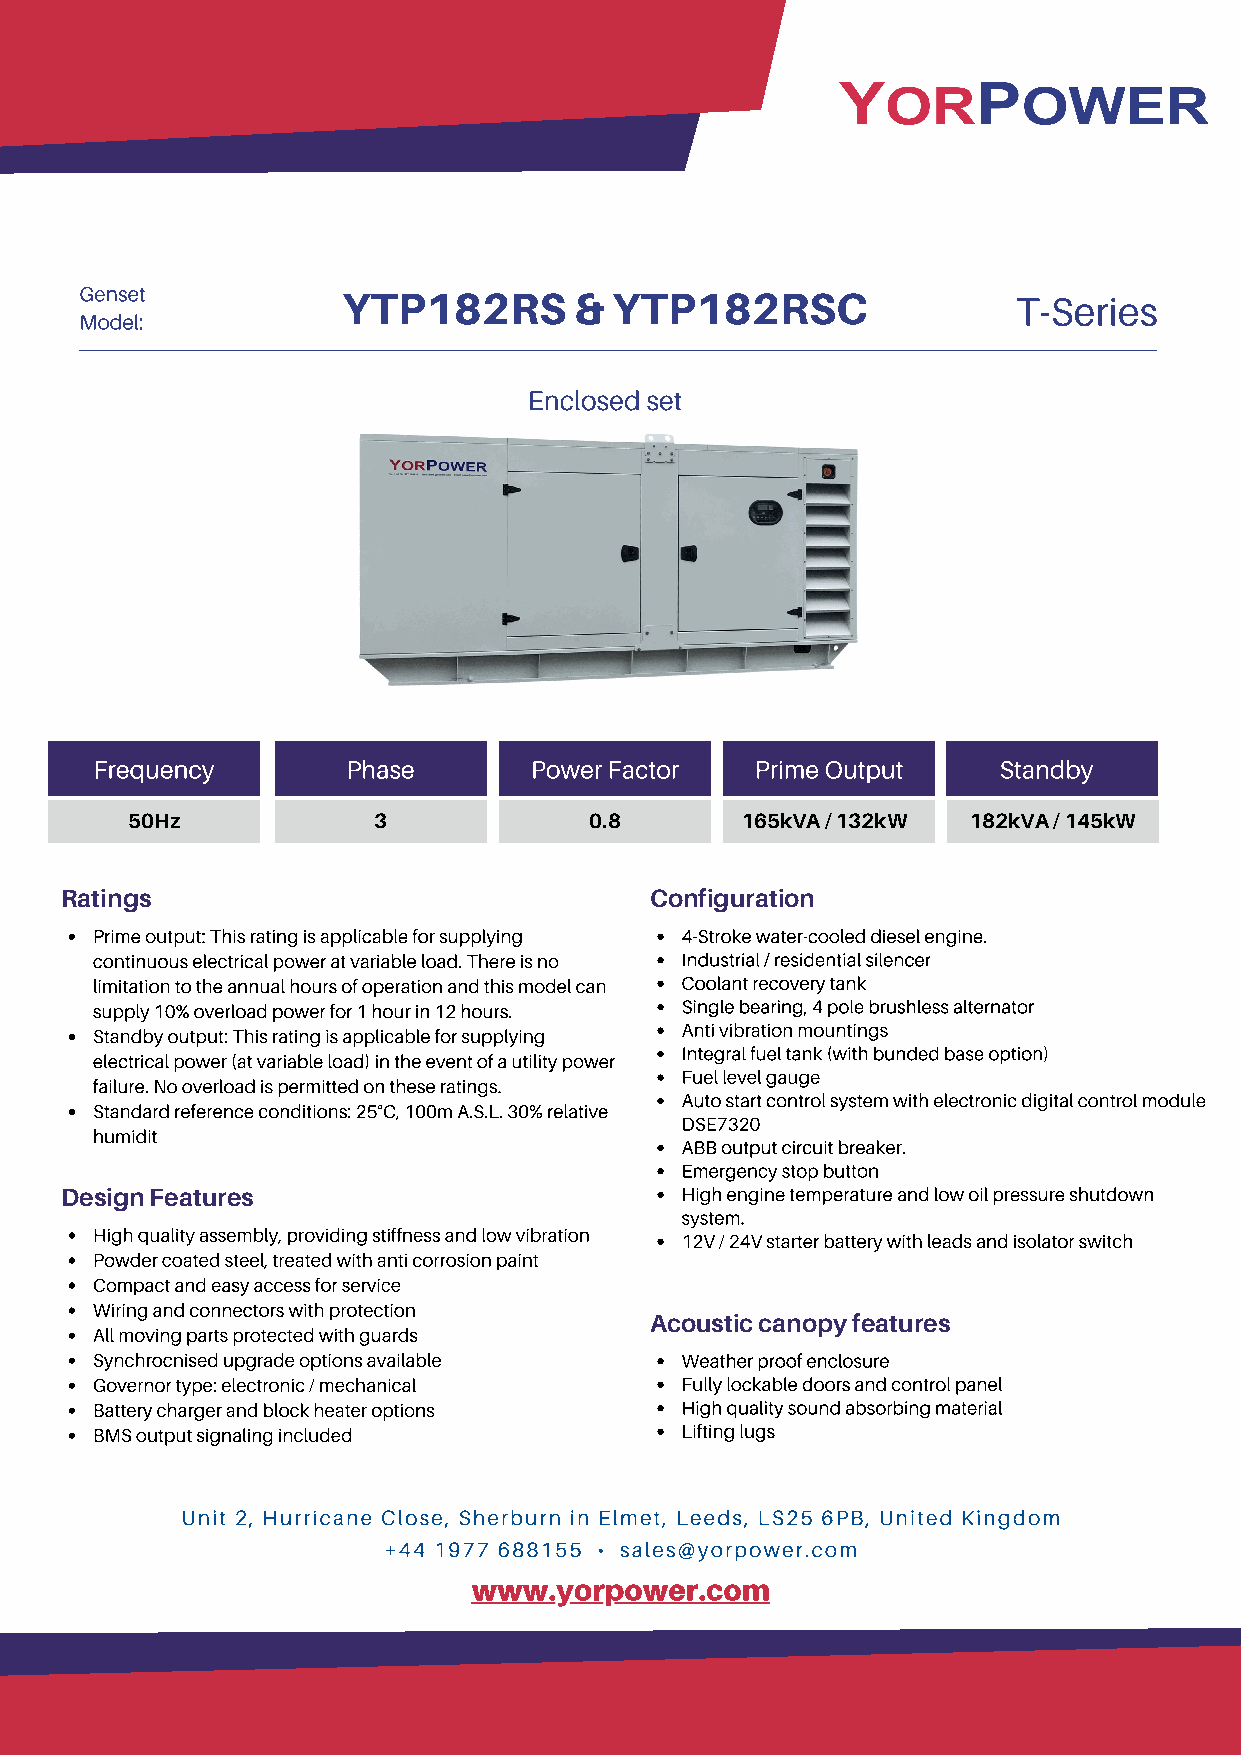
Genset            YTP182RS       &  YTP182RSC                 T-Series
 Model:
 Enclosed set
 Frequency        Phase       Power Factor   Prime Output    Standby
 50Hz             3             0.8       165kVA / 132kW 182kVA / 145kW
 Ratings                                Configuration
 Prime output: This rating is applicable for supplying 4-Stroke water-cooled diesel engine.
 continuous electrical power at variable load. There is no Industrial / residential silencer
 limitation to the annual hours of operation and this model can Coolant recovery tank
 supply 10% overload power for 1 hour in 12 hours. Single bearing, 4 pole brushless alternator
 Anti vibration mountings
 Standby output: This rating is applicable for supplying
 Integral fuel tank (with bunded base option)
 electrical power (at variable load) in the event of a utility power
 Fuel level gauge
 failure. No overload is permitted on these ratings.
 Auto start control system with electronic digital control module
 Standard reference conditions: 25°C, 100m A.S.L. 30% relative
 DSE7320
 humidit
 ABB output circuit breaker.
 Emergency stop button
 Design Features                          High engine temperature and low oil pressure shutdown
 system.
 High quality assembly, providing stiffness and low vibration
 12V / 24V starter battery with leads and isolator switch
 Powder coated steel, treated with anti corrosion paint
 Compact and easy access for service
 Wiring and connectors with protection
 Acoustic canopy features
 All moving parts protected with guards
 Synchrocnised upgrade options available Weather proof enclosure
 Governor type: electronic / mechanical Fully lockable doors and control panel
 Battery charger and block heater options High quality sound absorbing material
 BMS output signaling included          Lifting lugs
 Unit 2, Hurricane Close, Sherburn in Elmet, Leeds, LS25 6PB, United Kingdom
 +44 1977 688155 • sales@yorpower.com
 www.yorpower.com